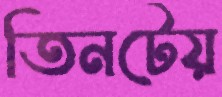
তিনটেয়